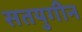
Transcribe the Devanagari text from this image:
सतयुगीन